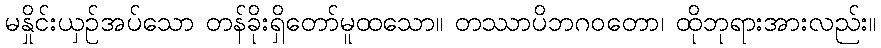
မနှိုင်းယှဉ်အပ်သော တန်ခိုးရှိတော်မူထသော။ တဿာပိဘဂဝတော၊ ထိုဘုရားအားလည်း။